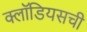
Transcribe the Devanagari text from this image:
क्लॉडियसची